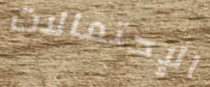
الإحتمالات